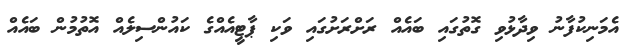
އެމަނިކުފާނު ވިދާޅުވި ގޮތުގައި ބައެއް ރަށްރަށުގައި ވަކި ޕާޓީއެއްގެ ކައުންސިލެއް އޮތުމުން ބައެއް